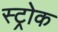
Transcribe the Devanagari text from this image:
स्‍ट्रोक